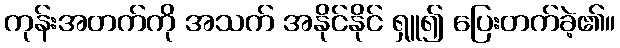
ကုန်းအတက်ကို အသက် အနိုင်နိုင် ရှူ၍ ပြေးတက်ခဲ့၏။